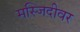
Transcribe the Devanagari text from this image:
मस्जिदीवर